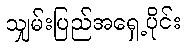
သျှမ်းပြည်အရှေ့ပိုင်း